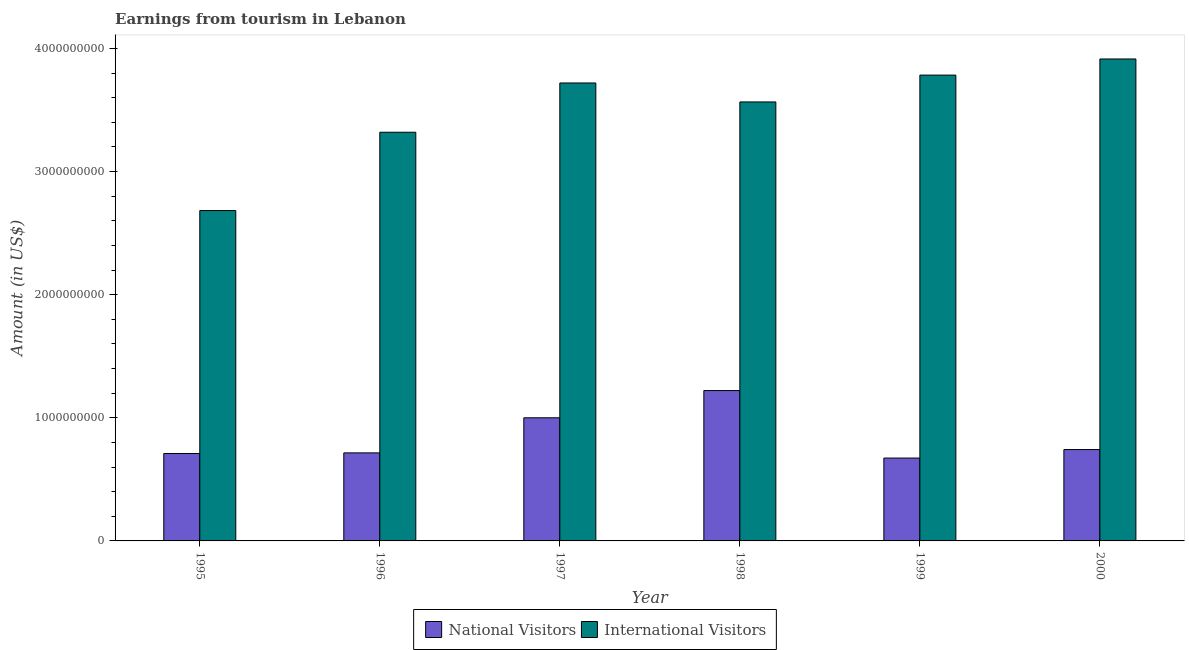
| Year | National Visitors | International Visitors |
 | --- | --- | --- |
 | 1995 | 7.1e+08 | 2.68e+09 |
 | 1996 | 7.15e+08 | 3.32e+09 |
 | 1997 | 1e+09 | 3.72e+09 |
 | 1998 | 1.22e+09 | 3.56e+09 |
 | 1999 | 6.73e+08 | 3.78e+09 |
 | 2000 | 7.42e+08 | 3.91e+09 |